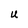
Character: U